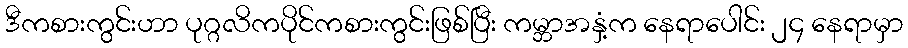
ဒီကစားကွင်းဟာ ပုဂ္ဂလိကပိုင်ကစားကွင်းဖြစ်ပြီး ကမ္ဘာအနှံ့က နေရာပေါင်း ၂၄ နေရာမှာ